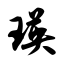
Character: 瑛